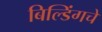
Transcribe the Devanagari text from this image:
बिल्डिंगचे